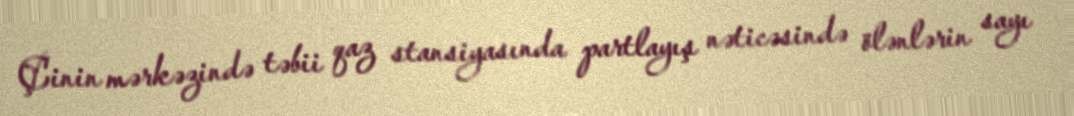
Çinin mərkəzində təbii qaz stansiyasında partlayış nəticəsində ölənlərin sayı